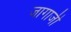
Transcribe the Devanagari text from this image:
जागाजी